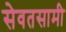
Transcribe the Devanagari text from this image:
सेवतसामी